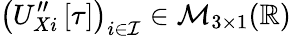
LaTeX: \left(U_{Xi}^{\prime\prime}\left[\tau\right]\right)_{i\in\mathcal{I}}\in\mathcal{M}_{3\times 1}(\mathbb{R})